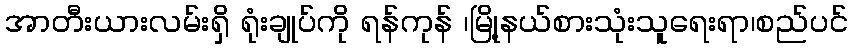
အာတီးယားလမ်းရှိ ရုံးချုပ်ကို ရန်ကုန် ၊မြို့နယ်စားသုံးသူရေးရာ၊စည်ပင်